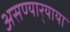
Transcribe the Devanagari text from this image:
असण्यार्‍याया